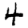
Digit: 4